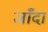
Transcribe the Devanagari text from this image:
जाँदा